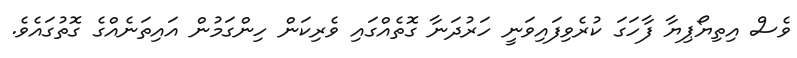
ވެސް އިތިޔޯޕިޔާ ފާހަގަ ކުރެވިފައިވަނީ ހަރުދަނާ ގޮތެއްގައި ވެރިކަން ހިންގަމުން އައިތަނެއްގެ ގޮތުގައެވެ.